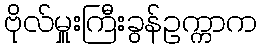
ဗိုလ်မှူးကြီးခွန်ဥက္ကာက